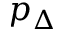
p _ { \Delta }